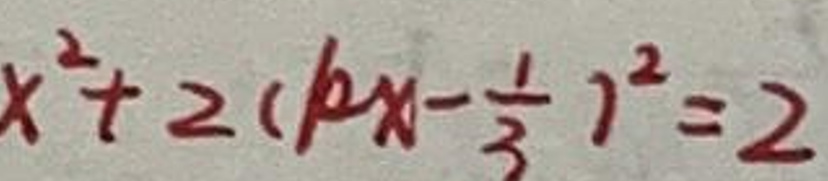
$x ^ { 2 } + 2 ( k x - \frac { 1 } { 3 } ) ^ { 2 } = 2$